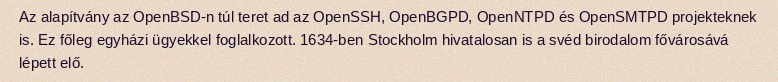
Az alapítvány az OpenBSD-n túl teret ad az OpenSSH, OpenBGPD, OpenNTPD és OpenSMTPD projekteknek is. Ez főleg egyházi ügyekkel foglalkozott. 1634-ben Stockholm hivatalosan is a svéd birodalom fővárosává lépett elő.